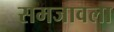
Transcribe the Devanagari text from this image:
समजावला